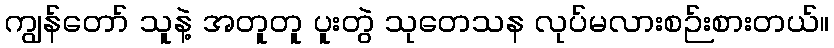
ကျွန်တော် သူနဲ့ အတူတူ ပူးတွဲ သုတေသန လုပ်မလားစဉ်းစားတယ်။